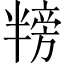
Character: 𪟸